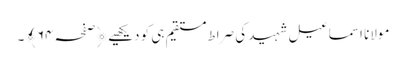
مولانا اسماعیل شہید کی صراط مستقیم ہی کو دیکھیے ﴿صفحہ ٦۴﴾۔